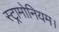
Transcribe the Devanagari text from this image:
स्ट्रामोनियम।